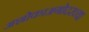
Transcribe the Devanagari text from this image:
अशोकाअगोदरच्या